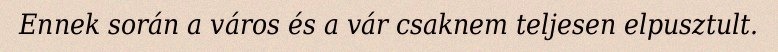
Ennek során a város és a vár csaknem teljesen elpusztult.